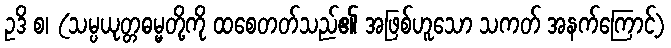
ဥဒိ စ၊ (သမ္ပယုတ္တဓမ္မတို့ကို ထစေတတ်သည်၏ အဖြစ်ဟူသော သကတ် အနက်ကြောင့်)